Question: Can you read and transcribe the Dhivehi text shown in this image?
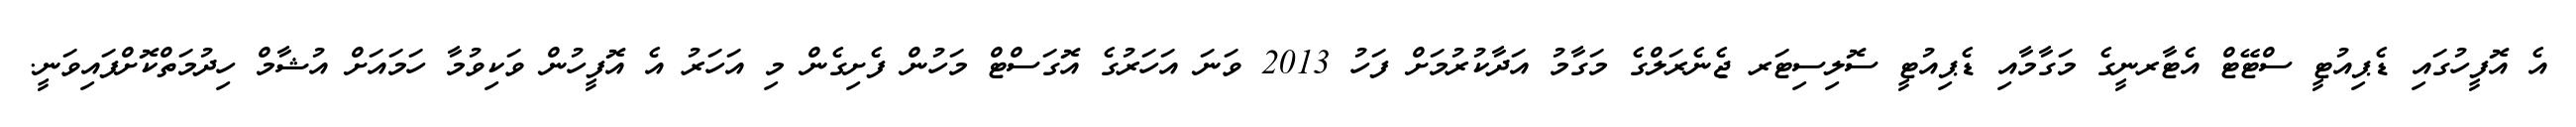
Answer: އެ އޮފީހުގައި ޑެޕިއުޓީ ސްޓޭޓް އެޓާރނީގެ މަގާމާއި ޑެޕިއުޓީ ސޮލިސިޓަރ ޖެނެރަލްގެ މަގާމު އަދާކުރުމަށް ފަހު 2013 ވަނަ އަހަރުގެ އޮގަސްޓް މަހުން ފެށިގެން މި އަހަރު އެ އޮފީހުން ވަކިވުމާ ހަމައަށް އުޝާމް ހިދުމަތްކޮށްފައިވަނީ.